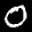
Label: 0